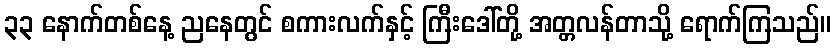
၃၃ နောက်တစ်နေ့ ညနေတွင် စကားလက်နှင့် ကြီးဒေါ်တို့ အတ္တလန်တာသို့ ရောက်ကြသည်။